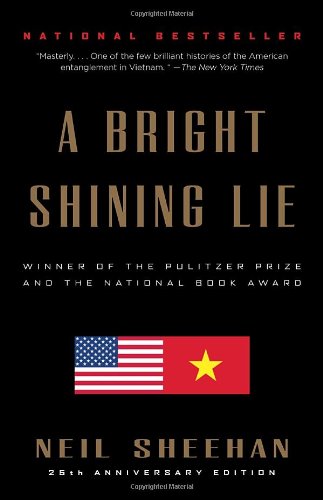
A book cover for A Bright Shining Lie: John Paul Vann and America in Vietnam; Neil Sheehan; History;